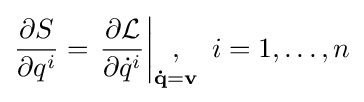
{\frac {\partial S}{\partial q^{i}}}=\left.{\frac {\partial {\mathcal {L}}}{\partial {\dot {q}}^{i}}}\right|_{\mathbf {\dot {q}} =\mathbf {v} }\!\!\!\!\!\!\!,\quad i=1,\ldots ,n